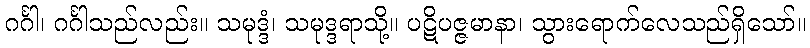
ဂင်္ဂါ၊ ဂင်္ဂါသည်လည်း။ သမုဒ္ဒံ၊ သမုဒ္ဒရာသို့။ ပဋိပဇ္ဇမာနာ၊ သွားရောက်လေသည်ရှိသော်။